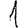
Digit: 1